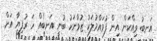
އަނބު ވިއްކަން އިން ފުވައްމުލަކު ޒުވާނަކު ބުނީ އަނބެއް ހަ ރުފިޔާ އަށް